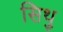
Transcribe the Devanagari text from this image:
सिथु